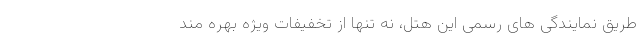
طریق نمایندگی های رسمی این هتل، نه تنها از تخفیفات ویژه بهره مند